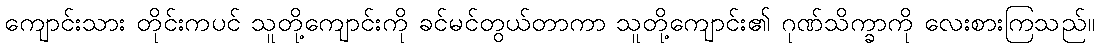
ကျောင်းသား တိုင်းကပင် သူတို့ကျောင်းကို ခင်မင်တွယ်တာကာ သူတို့ကျောင်း၏ ဂုဏ်သိက္ခာကို လေးစားကြသည်။